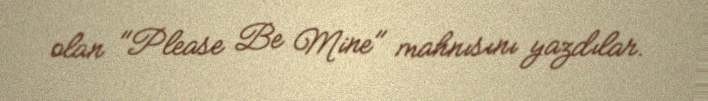
olan "Please Be Mine" mahnısını yazdılar.